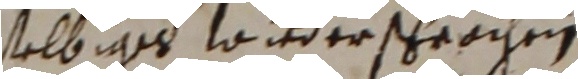
selbiges wirdersprochen.